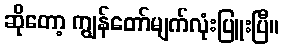
ဆိုတော့ ကျွန်တော်မျက်လုံးပြူးပြီ။